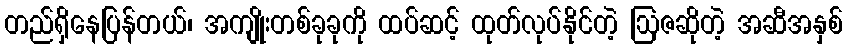
တည်ရှိနေပြန်တယ်၊ အကျိုးတစ်ခုခုကို ထပ်ဆင့် ထုတ်လုပ်နိုင်တဲ့ ဩဇဆိုတဲ့ အဆီအနှစ်